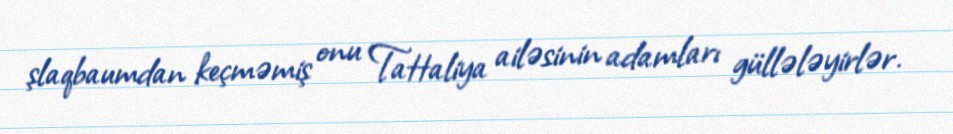
şlaqbaumdan keçməmiş onu Tattaliya ailəsinin adamları güllələyirlər.